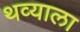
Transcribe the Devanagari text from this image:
थव्याला